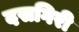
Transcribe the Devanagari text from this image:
दसगिरी